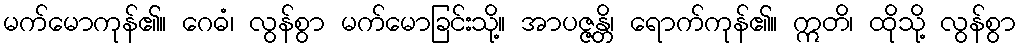
မက်မောကုန်၏။ ဂေဓံ၊ လွန်စွာ မက်မောခြင်းသို့။ အာပဇ္ဇန္တိ၊ ရောက်ကုန်၏။ ဣတိ၊ ထိုသို့ လွန်စွာ